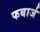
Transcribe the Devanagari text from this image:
फबार्ज